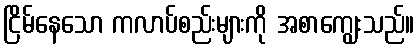
ငြိမ်နေသော ကလာပ်စည်းများကို အစာကျွေးသည်။